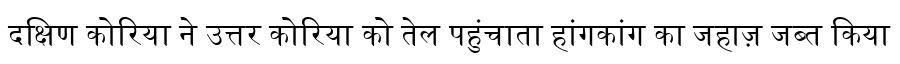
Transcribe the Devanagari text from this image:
दक्षिण कोरिया ने उत्तर कोरिया को तेल पहुंचाता हांगकांग का जहाज़ जब्त किया